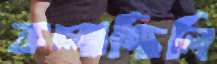
কচ্‌লাচ্ছিলি